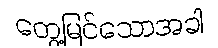
တွေ့မြင်သောအခါ